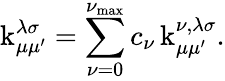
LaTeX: \operatorname{k}_{\mu\mu^{\prime}}^{\lambda\sigma}=\sum_{\nu=0}^{\nu_{\mathrm{max}}}c_{\nu}\operatorname{k}_{\mu\mu^{\prime}}^{\nu,\lambda\sigma}.